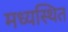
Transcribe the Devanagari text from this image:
मध्यस्थित